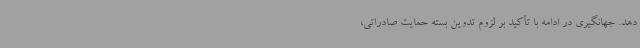
دهد. جهانگیری در ادامه با تأکید بر لزوم تدوین بسته حمایت صادراتی،